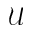
\mathcal { U }